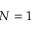
N = 1